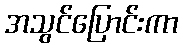
အသွင်ပြောင်းကာ